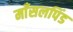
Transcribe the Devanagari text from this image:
माँसलपिंड